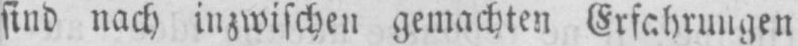
sind nach inzwischen gemachten Erfahrungen